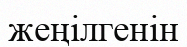
жеңілгенін